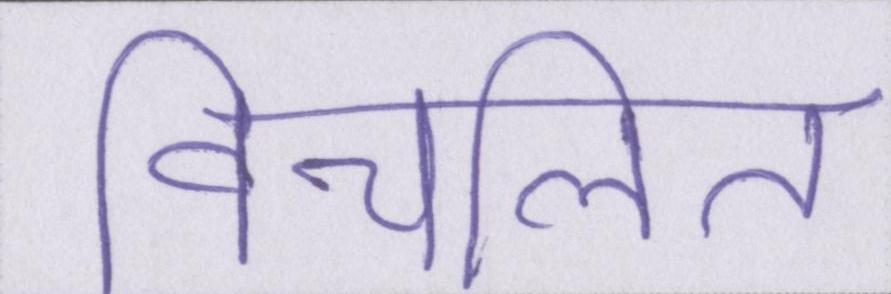
विचलित